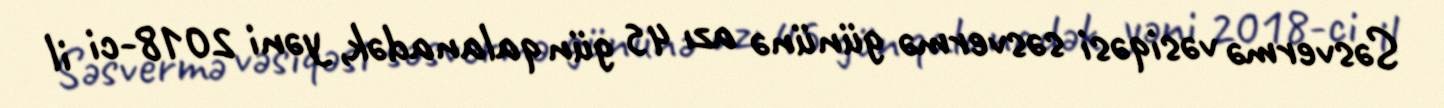
Səsvermə vəsiqəsi səsvermə gününə azı 45 gün qalanadək, yəni 2018-ci il